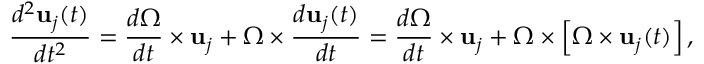
{ \frac { d ^ { 2 } \mathbf { u } _ { j } ( t ) } { d t ^ { 2 } } } = { \frac { d { \boldsymbol { \Omega } } } { d t } } \times \mathbf { u } _ { j } + { \boldsymbol { \Omega } } \times { \frac { d \mathbf { u } _ { j } ( t ) } { d t } } = { \frac { d { \boldsymbol { \Omega } } } { d t } } \times \mathbf { u } _ { j } + { \boldsymbol { \Omega } } \times \left[ { \boldsymbol { \Omega } } \times \mathbf { u } _ { j } ( t ) \right] ,